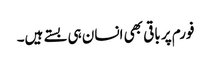
فورم پر باقی بھی انسان ہی بستے ہیں۔